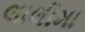
લાલીમા